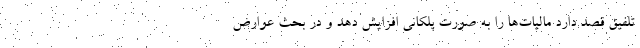
تلفیق قصد دارد مالیات‌ها را به صورت پلکانی افزایش دهد و در بحث عوارض